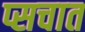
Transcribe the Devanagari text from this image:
प्सचात